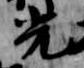
光